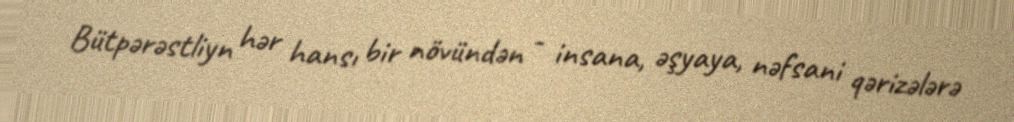
Bütpərəstliyn hər hansı bir növündən - insana, əşyaya, nəfsani qərizələrə